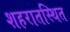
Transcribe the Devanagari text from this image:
शहरातस्थित